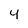
Character: 4